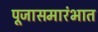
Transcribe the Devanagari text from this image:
पूजासमारंभात